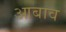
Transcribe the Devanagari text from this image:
आबाव